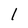
Character: l